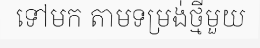
ទៅមក តាមទម្រង់ថ្មីមួយ